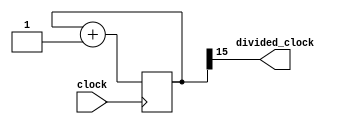
module clock_divider (clock, divided_clock);
	input 			 clock;
	output 	       divided_clock;
	reg 		[31:0] divided_clocks;
		
	initial
		divided_clocks <= 0;
		
	always @(posedge clock) begin
	
		divided_clocks <= divided_clocks + 1;
	end
	
	assign divided_clock = divided_clocks[15];
endmodule